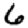
Digit: 6